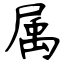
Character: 属